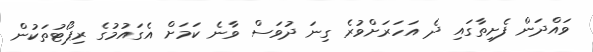
ވައްދަން ފެށިތާގައި ދެ އަހަރަށްވުރެ ގިނަ ދުވަސް ވާނެ ކަމަށް އެގައުމުގެ ރިޕޯޓުތަކުން